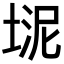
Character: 𪣮